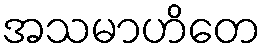
အသမာဟိတေ